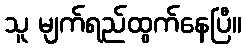
သူ မျက်ရည်ထွက်နေပြီ။